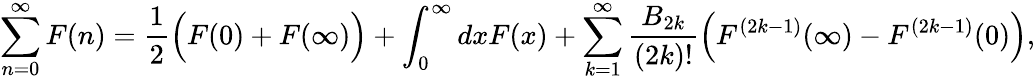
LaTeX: \sum_{n=0}^{\infty}F(n)=\frac{1}{2}\Bigl(F(0)+F(\infty)\Bigr)+\int_{0}^{\infty}dxF(x)+\sum_{k=1}^{\infty}\frac{B_{2k}}{(2k)!}\Bigl(F^{(2k-1)}(\infty)-F^{(2k-1)}(0)\Bigr),